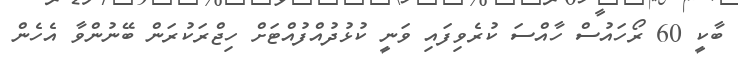
ބާކީ 60 ރޯހައުސް ހާއްސަ ކުރެވިފައި ވަނީ ކުޅުދުއްފުއްޓަށް ހިޖްރަކުރަން ބޭނުންވާ އެހެން